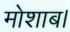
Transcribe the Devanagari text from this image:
मोशाब।